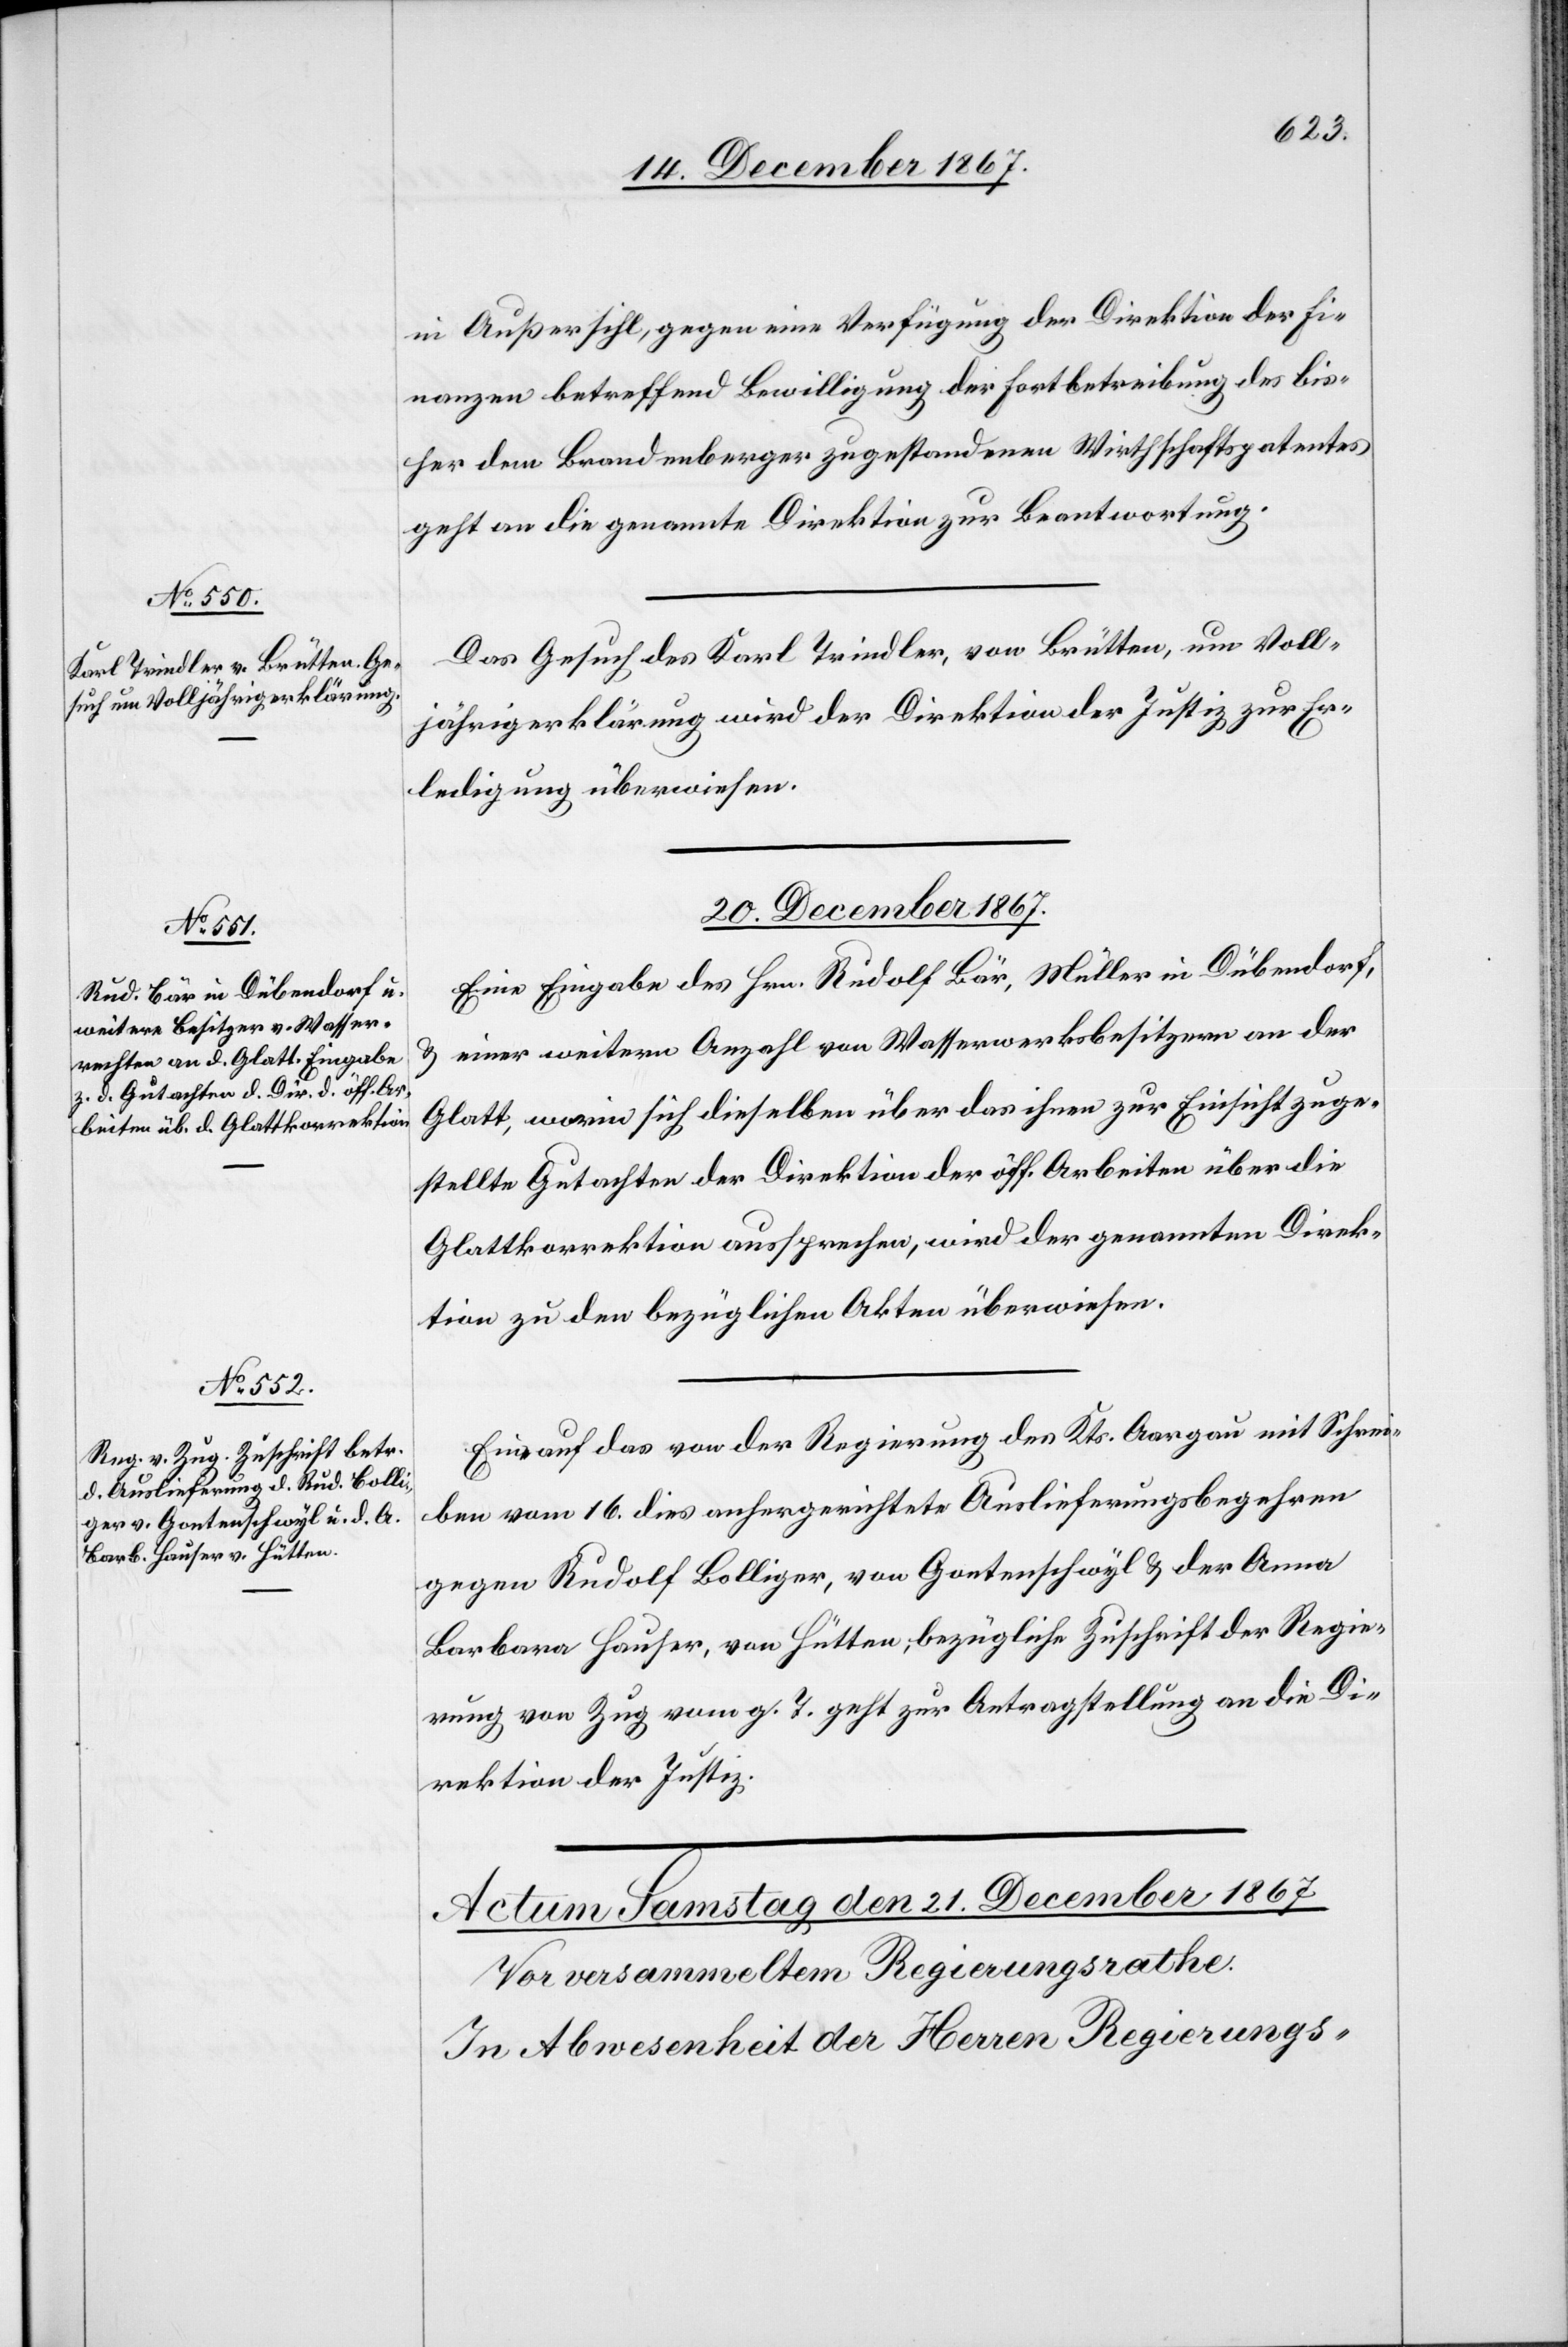
19. December 1867.
in Außersihl, gegen eine Verfügung der Direktion der Fi¬
nanzen betreffend Bewilligung der Fortbetreibung des bis¬
her dem Brandenberger zugestandenen Wirthschaftspatentes
geht an die genannte Direktion zur Beantwortung.
Das Gesuch des Karl Trindler, von Brütten, um Voll¬
jährigkeitserklärung wird der Direktion der Justiz zur Er¬
ledigung überwiesen.
20. December 1867.
Eine Eingabe des Hrn. Rudolf Bär, Müller in Dübendorf
u. einer weitern Anzahl von Wasserwerksbesitzern an der
Glatt, worin sich dieselben über das ihnen zur Einsicht zuge¬
stellte Gutachten der Direktion der öff. Arbeiten über die
Glattkorrektion aussprechen, wird der genannten Direk¬
tion zu den bezüglichen Akten überwiesen.
Eine auf das von der Regierung des Kts. Aargau mit Schrei¬
ben vom 16. dies anhergerichtete Auslieferungsbegehren
gegen Rudolf Bolliger, von Gantenschwyl u. der Anna
Barbara Hauser, von Hütten, bezügliche Zuschrift der Regie¬
rung von Zug vom g. T. geht zur Antragstellung an die Di¬
rektion der Justiz.